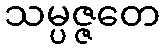
သမ္ပဇ္ဇတေ